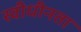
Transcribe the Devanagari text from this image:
स्वीधीनता